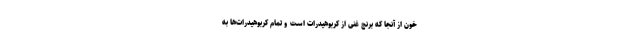
خون از آنجا که برنج غنی از کربوهیدرات‌ است و تمام کربوهیدرات‌ها به